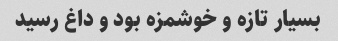
بسیار تازه و خوشمزه بود و داغ رسید